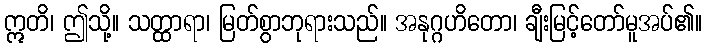
ဣတိ၊ ဤသို့။ သတ္ထာရာ၊ မြတ်စွာဘုရားသည်။ အနုဂ္ဂဟိတော၊ ချီးမြင့်တော်မူအပ်၏။